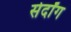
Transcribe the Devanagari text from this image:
सेर्दांग